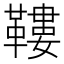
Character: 鞻